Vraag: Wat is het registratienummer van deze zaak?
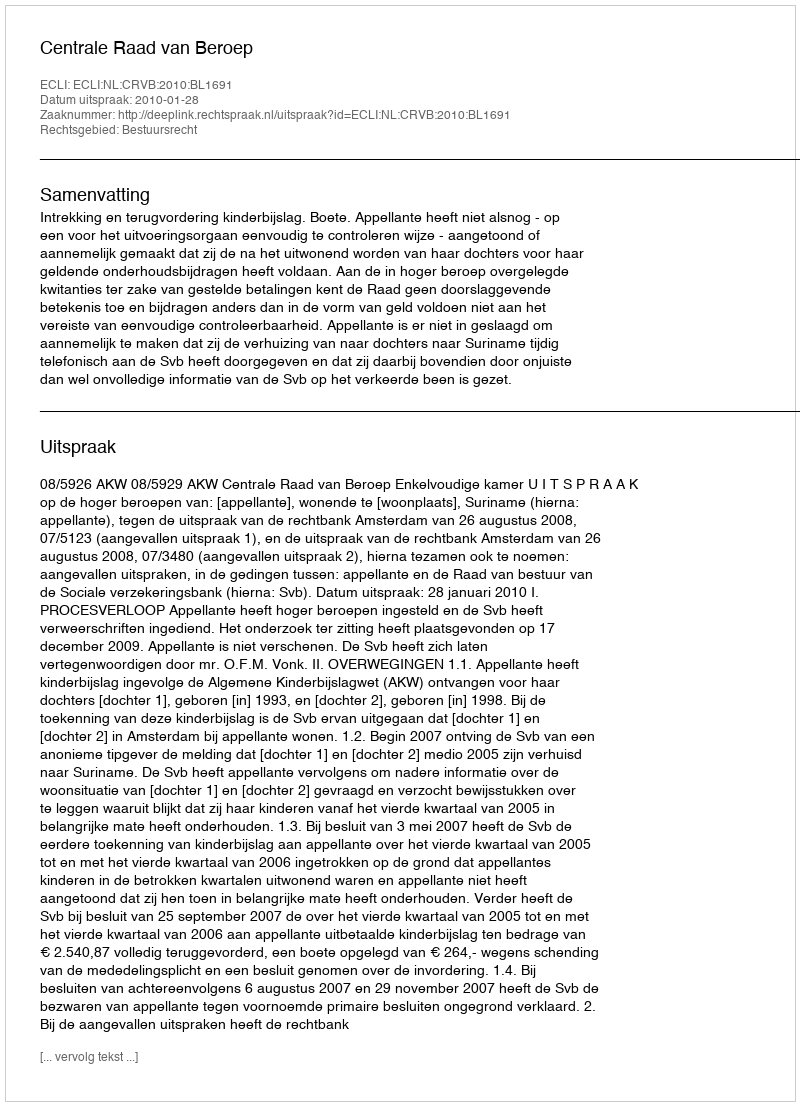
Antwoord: http://deeplink.rechtspraak.nl/uitspraak?id=ECLI:NL:CRVB:2010:BL1691